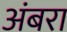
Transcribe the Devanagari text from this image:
अंबरा